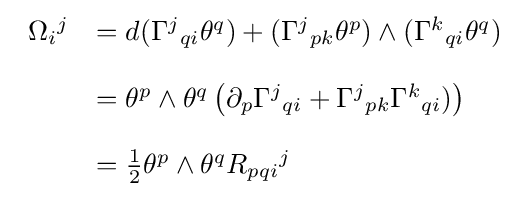
{\begin{array}{ll}\Omega _{i}{}^{j}&=d(\Gamma ^{j}{}_{qi}\theta ^{q})+(\Gamma ^{j}{}_{pk}\theta ^{p})\wedge (\Gamma ^{k}{}_{qi}\theta ^{q})\\&\\&=\theta ^{p}\wedge \theta ^{q}\left(\partial _{p}\Gamma ^{j}{}_{qi}+\Gamma ^{j}{}_{pk}\Gamma ^{k}{}_{qi})\right)\\&\\&={\tfrac {1}{2}}\theta ^{p}\wedge \theta ^{q}R_{pqi}{}^{j}\end{array}}